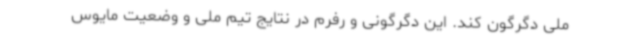
ملی دگرگون کند. این دگرگونی و رفرم در نتایج تیم ملی و وضعیت مایوس